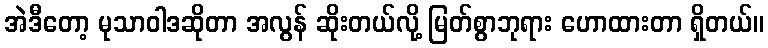
အဲဒီတော့ မုသာဝါဒဆိုတာ အလွန် ဆိုးတယ်လို့ မြတ်စွာဘုရား ဟောထားတာ ရှိတယ်။